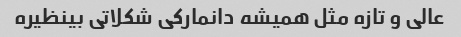
عالی و تازه مثل همیشه دانمارکی شکلاتی بینظیره